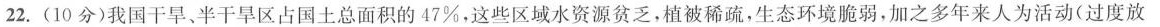
22.(10分)我国干旱、半干旱区占国土总面积的47%，这些区域水资源贫乏，植被稀疏，生态环境脆弱，加之多年来人为活动(过度放